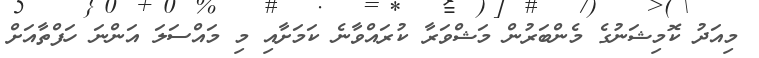
މިއަދު ކޮމިޝަނުގެ މެންބަރުން މަޝްވަރާ ކުރައްވާނެ ކަމަށާއި މި މައްސަލަ އަންނަ ހަފްތާއަށް